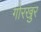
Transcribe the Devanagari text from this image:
गोरखुर